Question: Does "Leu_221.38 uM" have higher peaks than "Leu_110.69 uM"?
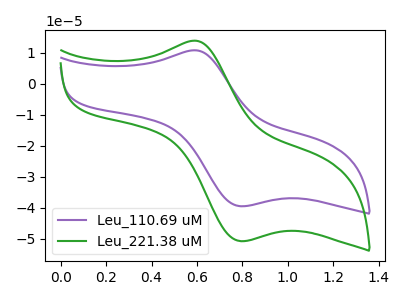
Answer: <think>The purple curve "Leu_110.69 uM" has an anodic peak at (0.60V, 10.85uA) and a cathodic peak at (0.80V, -39.45uA). The green curve "Leu_221.38 uM" has an anodic peak at (0.60V, 13.90uA) and a cathodic peak at (0.80V, -50.70uA).</think>
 <answer>Every peak in "Leu_221.38 uM" is higher than every peak in "Leu_110.69 uM".</answer>
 <eval>higher</eval>